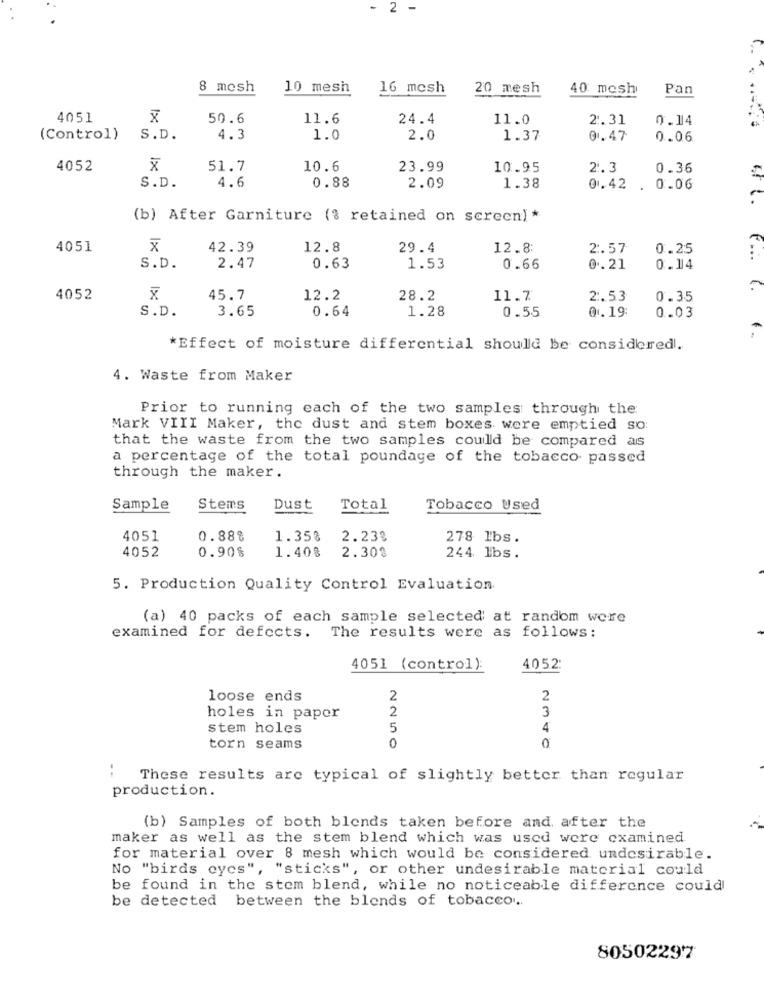
- 2 -
8 mesh
10 mesh
16 mosh
20 mesh
40 mosh
Pan
4051
x
50.6
11.6
24.4
11.0
2.31
0.14
(Control)
S.D.
4.3
1.0
2.0
1.37
0.47
0.06
4052
51.7
10.6
23.99
10.95
2.3
0.36
0.88
S.D.
4.6
2.09
1.38
0.42
. 0.06
(b) After Garniture (§ retained on screen) *
4051
x
42.39
12.8
29.4
12.8:
2.57
0.25
S.D.
2.47
0.63
1.53
0.66
0.21
0.14
4052
45.7
12.2
28.2
11.7
2 :. 53
0.35
S.D.
3.65
0.64
1.28
0.55
0.19:
0.03
*Effect of moisture differential should be considered.
4. Waste from Maker
Prior to running each of the two samples through the
Mark VIII Maker, the dust and stem boxes were emptied so
that the waste from the two samples could be compared as
a percentage of the total poundage of the tobacco passed
through the maker .
Sample
Stems
Dust
Total
Tobacco Used
4051
0.88%
1.35%
2.23%
278 1bs .
4052
0.90%
1.40%
2.300
244 lbs.
5. Production Quality Control Evaluation
(a) 40 packs of each sample selected at random were
examined for defects.
The results were as follows:
4051 (control):
4052:
loose ends
2
2
2
3
holes in paper
stem holes
5
4
torn seams
0
0
These results are typical of slightly better than regular
production.
(b) Samples of both blends taken before and after the
maker as well as the stem blend which was used were examined
for material over 8 mesh which would be considered undesirable.
No "birds eyes", "sticks", or other undesirable material could
be found in the stem blend, while no noticeable difference could
be detected between the blends of tobacco ...
80502297